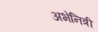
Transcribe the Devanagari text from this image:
अभेनित्री